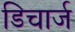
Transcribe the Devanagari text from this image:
डिचार्ज